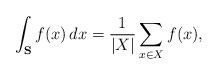
LaTeX: \begin{align*}\int _{\mathbf{S}} f(x)\, dx = \dfrac{1}{\lvert X\rvert} \sum_{x\in X} f(x),\end{align*}